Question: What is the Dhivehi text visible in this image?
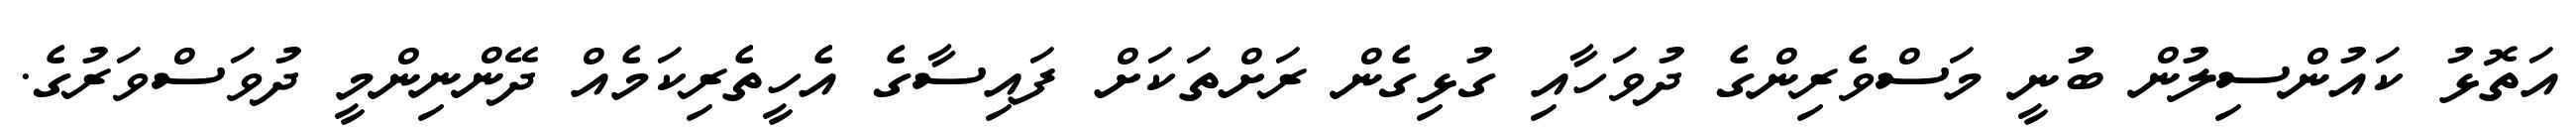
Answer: އަތޮޅު ކައުންސިލުން ބުނީ މަސްވެރިންގެ ދުވަހާއި ގުޅިގެން ރަށްތަކަށް ފައިސާގެ އެހީތެރިކަމެއް ދޭންނިންމީ ދުވަސްވަރުގެ.